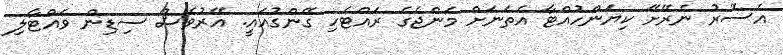
އެސޮރު ނެރޭށޭ ކިޔަންހުއްޓާ އެތަނަށް މަންޖެގެ ރައްޓެހި ގޭންގުއައީ. އޭރުވެސް ސިޑިން ވައްޓާލި